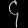
Digit: ၄